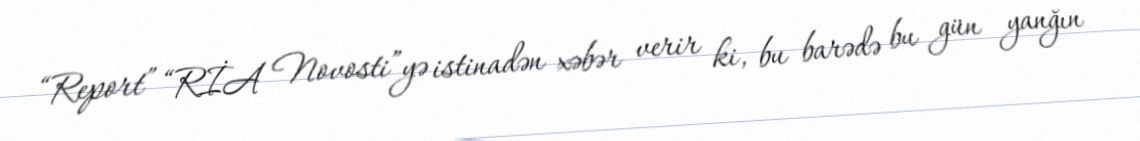
“Report” “RİA Novosti”yə istinadən xəbər verir ki, bu barədə bu gün yanğın